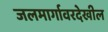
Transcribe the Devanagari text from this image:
जलमार्गावरदेखील